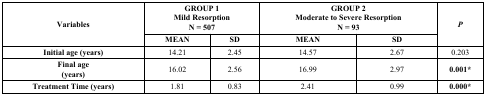
<table><thead><tr><td rowspan="2"><b>Variables</b></td><td colspan="2"><b>GROUP 1Mild ResorptionN = 507</b></td><td colspan="2"><b>GROUP 2Moderate to Severe ResorptionN = 93</b></td><td rowspan="2"><b><i>P</i></b></td></tr><tr><td><b>MEAN</b></td><td><b>SD</b></td><td><b>MEAN</b></td><td><b>SD</b></td></tr></thead><tbody><tr><td><b>Initial age (years)</b></td><td>14.21</td><td>2.45</td><td>14.57</td><td>2.67</td><td>0.203</td></tr><tr><td><b>Final age</b><b>(years)</b></td><td>16.02</td><td>2.56</td><td>16.99</td><td>2.97</td><td><b>0.001*</b></td></tr><tr><td><b>Treatment Time (years)</b></td><td>1.81</td><td>0.83</td><td>2.41</td><td>0.99</td><td><b>0.000*</b></td></tr></tbody></table>